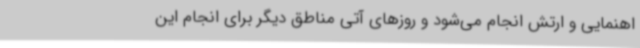
اهنمایی و ارتش انجام می‌شود و روزهای آتی مناطق دیگر برای انجام این